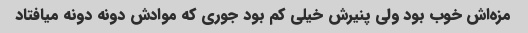
مزه‌اش خوب بود ولی پنیرش خیلی کم بود جوری که موادش دونه دونه میافتاد